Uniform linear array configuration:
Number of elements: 32
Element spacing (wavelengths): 0.75
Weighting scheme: binomial
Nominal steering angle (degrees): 45
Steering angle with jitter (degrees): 46.571
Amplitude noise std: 0.05
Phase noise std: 0.05

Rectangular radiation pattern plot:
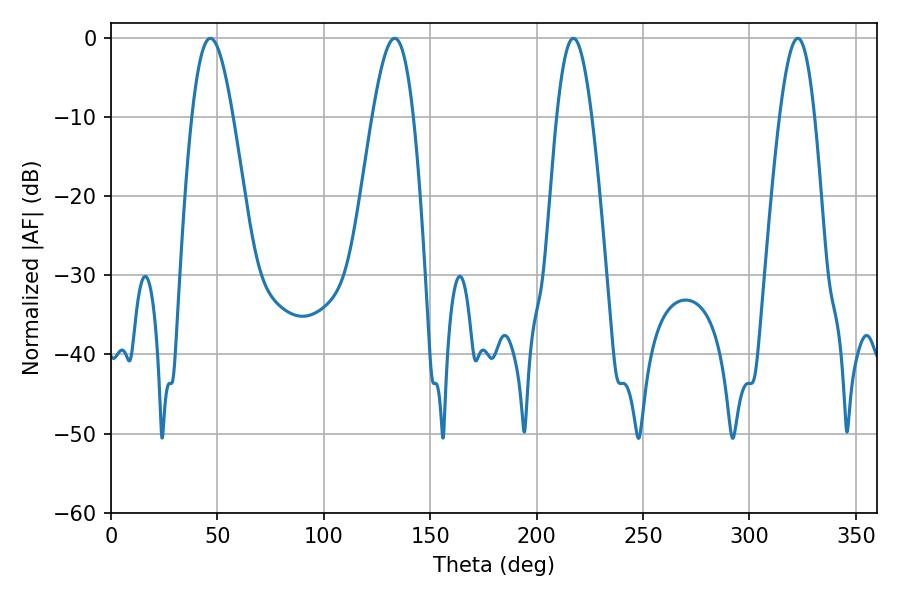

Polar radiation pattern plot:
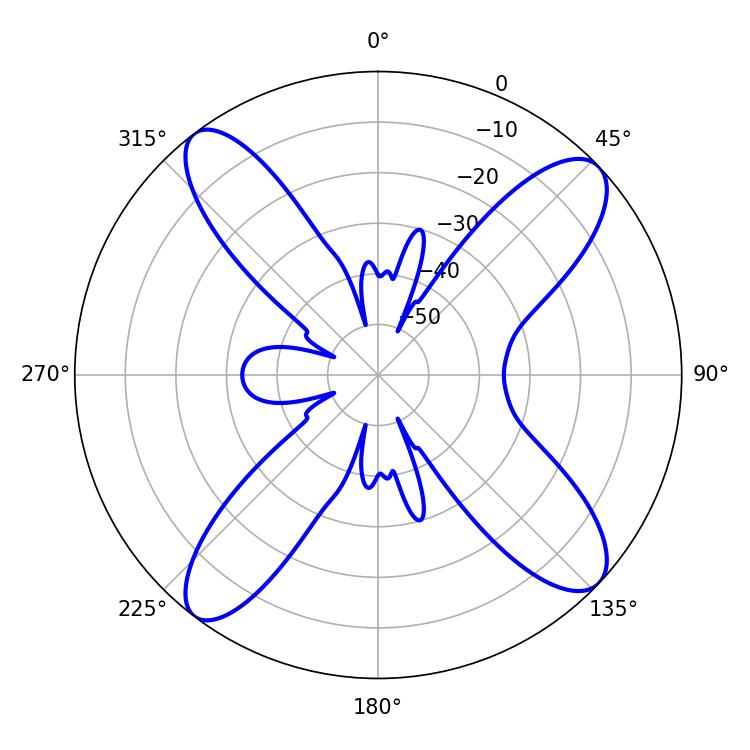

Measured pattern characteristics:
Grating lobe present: TRUE
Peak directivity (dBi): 13.707
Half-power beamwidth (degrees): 8.82
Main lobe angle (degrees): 217.26